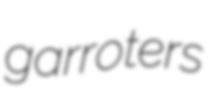
garroters